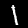
Digit: 1